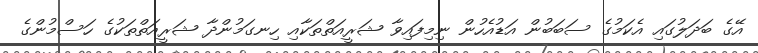
އޭގެ ބަދަލުގައި އެކަމުގެ ސަބަބުން އަޑުއެހުން ނިމިފައިވާ ޝަރީއަތްތަކާއި ހިނގަމުންދާ ޝަރީއަތްތަކުގެ ހަސްމުންގެ